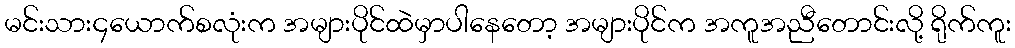
မင်းသား၄ယောက်စလုံးက အများပိုင်ထဲမှာပါနေတော့ အများပိုင်က အကူအညီတောင်းလို့ ရိုက်ကူး